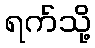
ရက်သို့